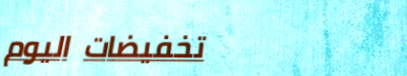
تخفيضات اليوم